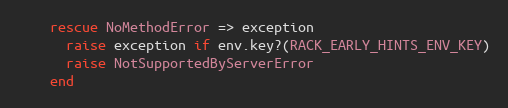
Language: Ruby
    rescue NoMethodError => exception
      raise exception if env.key?(RACK_EARLY_HINTS_ENV_KEY)
      raise NotSupportedByServerError
    end